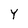
Character: y